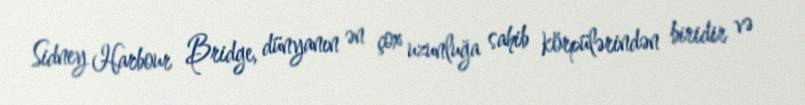
Sidney Harbour Bridge, dünyanın ən çox uzunluğa sahib körpülərindən biridir və